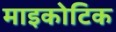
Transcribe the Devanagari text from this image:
माइकोटिक